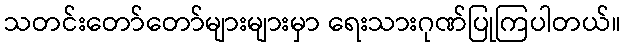
သတင်းတော်တော်များများမှာ ရေးသားဂုဏ်ပြုကြပါတယ်။